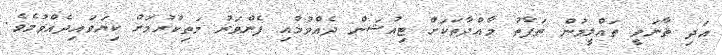
އަދި ޘާނަވީ ތަޢްލީމުން ތަފާތު މާއްދާތަކަށް ޓިއުޝަން ދެއްވުމާއި ފެންވަރު މަތިކުރުމަށް ކިޔަވައިދެއްވުމެވެ.